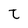
Character: t